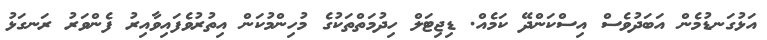
އަޅުގަނޑުމެން އަބަދުވެސް އިސްކަންދޭ ކަމެއް. ޑިޖިޓަލް ހިދުމަތްތަކުގެ މުހިންމުކަން އިތުރުވެފައިވާއިރު ފެންވަރު ރަނގަޅު